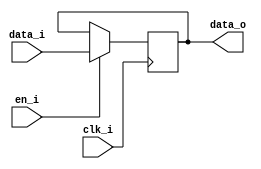
// This program was cloned from: https://github.com/NYU-MLDA/OpenABC
// License: BSD 3-Clause "New" or "Revised" License

module bsg_dff_en_width_p64
(
  clk_i,
  data_i,
  en_i,
  data_o
);

  input [63:0] data_i;
  output [63:0] data_o;
  input clk_i;
  input en_i;
  reg [63:0] data_o;

  always @(posedge clk_i) begin
    if(en_i) begin
      { data_o[63:0] } <= { data_i[63:0] };
    end
  end


endmodule